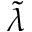
\tilde { \lambda }